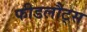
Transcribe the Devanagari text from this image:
फीडलौट्स